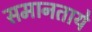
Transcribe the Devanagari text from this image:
समानताये